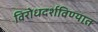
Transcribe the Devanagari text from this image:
विरोधदर्शविण्यात